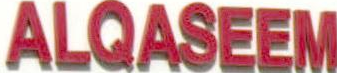
ALQASEEM